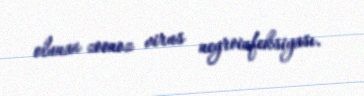
olunan zoonoz virus neyroinfeksiyası.